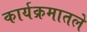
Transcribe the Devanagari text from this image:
कार्यक्रमातले